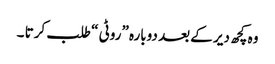
وہ کچھ دیر کے بعد دوبارہ ”روٹی “ طلب کرتا ۔